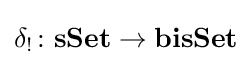
\delta _{!}\colon \mathbf {sSet} \rightarrow \mathbf {bisSet}